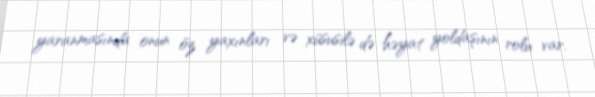
yaranmasında onun öz yaxınları və xüsusilə də həyat yoldaşının rolu var.